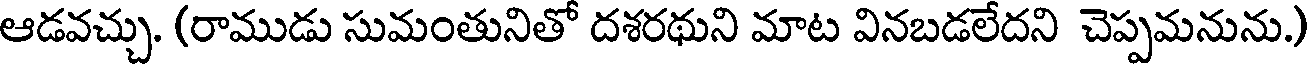
ఆడవచ్చు. (రాముడు సుమంతునితో దశరథుని మాట వినబడలేదని చెప్పమనును.)